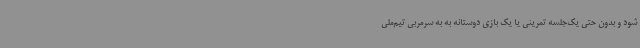
شود و بدون حتی یک‌جلسه تمرینی یا یک بازی دوستانه به به سرمربی تیم‌ملی